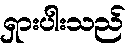
ရှားပါးသည်